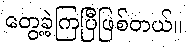
တွေ့ခဲ့ကြပြီဖြစ်တယ်။